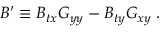
B ^ { \prime } \equiv B _ { t x } G _ { y y } - B _ { t y } G _ { x y } \; .